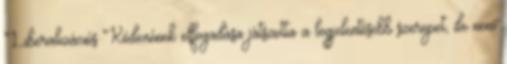
Liberalizációs Kódexének elfogadása játszotta a legjelentősebb szerepet, de nem